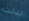
بدلت